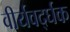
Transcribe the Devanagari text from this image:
वीर्यवर्द्घक